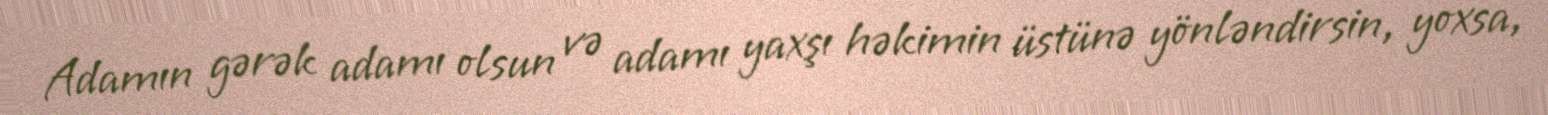
Adamın gərək adamı olsun və adamı yaxşı həkimin üstünə yönləndirsin, yoxsa,